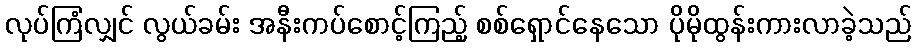
လုပ်ကြံလျှင် လွယ်ခမ်း အနီးကပ်စောင့်ကြည့် စစ်ရှောင်နေသော ပိုမိုထွန်းကားလာခဲ့သည်